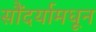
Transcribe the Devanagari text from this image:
सौंदर्यामधून